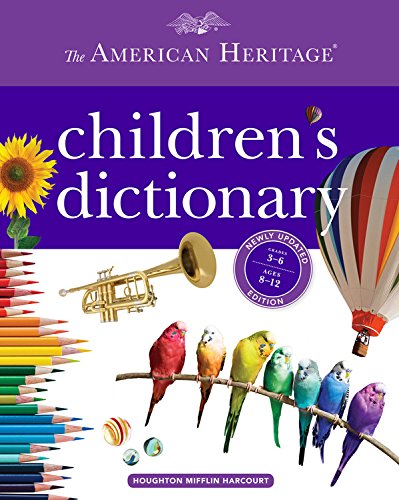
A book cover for The American Heritage Children's Dictionary; Editors of the American Heritage Dictionaries; Children's Books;